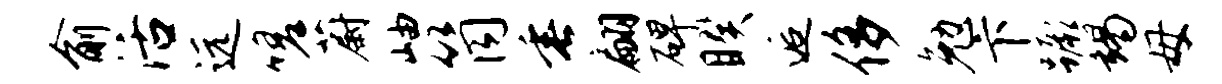
俞活远嗟蔚岫筒垂翩碑睽逅侈勉卞蹶竭母